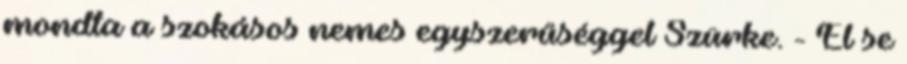
mondta a szokásos nemes egyszerűséggel Szürke. - El se